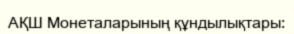
АҚШ Монеталарының құндылықтары: